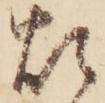
煩